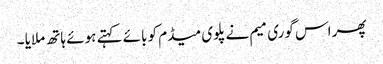
پھر اس گوری میم نے پلوی میڈم کو بائے کہتے ہوئے ہاتھ ملایا ۔